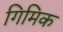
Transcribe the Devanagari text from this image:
गिमिक